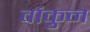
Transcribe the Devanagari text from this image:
वांकुन